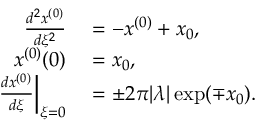
\begin{array} { r l } { \frac { d ^ { 2 } x ^ { ( 0 ) } } { d \xi ^ { 2 } } } & { { } = - x ^ { ( 0 ) } + x _ { 0 } , } \\ { x ^ { ( 0 ) } ( 0 ) } & { { } = x _ { 0 } , } \\ { \left. \frac { d x ^ { ( 0 ) } } { d \xi } \right| _ { \xi = 0 } } & { { } = \pm 2 \pi | \lambda | \exp ( \mp x _ { 0 } ) . } \end{array}